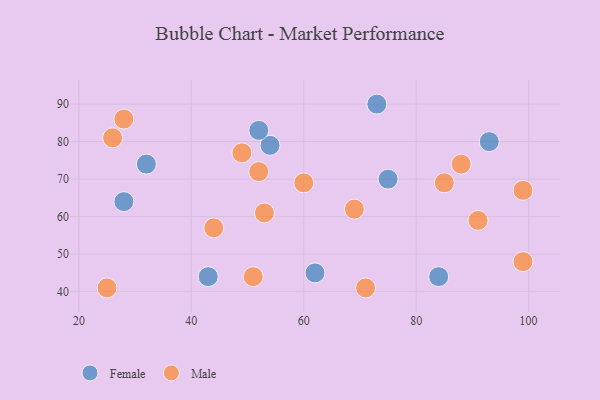
{"axis": {"x": "GDP", "y": "Life Expectancy"}, "legend": ["Female", "Male"], "data": [{"x": "73", "y": 90, "type": "Female"}, {"x": "54", "y": 79, "type": "Female"}, {"x": "32", "y": 74, "type": "Female"}, {"x": "93", "y": 80, "type": "Female"}, {"x": "84", "y": 44, "type": "Female"}, {"x": "75", "y": 70, "type": "Female"}, {"x": "28", "y": 64, "type": "Female"}, {"x": "52", "y": 83, "type": "Female"}, {"x": "43", "y": 44, "type": "Female"}, {"x": "62", "y": 45, "type": "Female"}, {"x": "91", "y": 59, "type": "Male"}, {"x": "99", "y": 48, "type": "Male"}, {"x": "85", "y": 69, "type": "Male"}, {"x": "28", "y": 86, "type": "Male"}, {"x": "53", "y": 61, "type": "Male"}, {"x": "44", "y": 57, "type": "Male"}, {"x": "26", "y": 81, "type": "Male"}, {"x": "25", "y": 41, "type": "Male"}, {"x": "88", "y": 74, "type": "Male"}, {"x": "99", "y": 67, "type": "Male"}, {"x": "52", "y": 72, "type": "Male"}, {"x": "49", "y": 77, "type": "Male"}, {"x": "71", "y": 41, "type": "Male"}, {"x": "60", "y": 69, "type": "Male"}, {"x": "51", "y": 44, "type": "Male"}, {"x": "69", "y": 62, "type": "Male"}]}